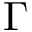
\Gamma